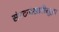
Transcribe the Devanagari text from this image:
संघटनांसाठीसुद्धा